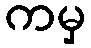
ကမှ